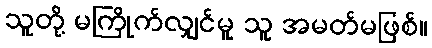
သူတို့ မကြိုက်လျှင်မူ သူ အမတ်မဖြစ်။